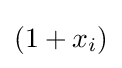
\left(1+x_{i}\right)